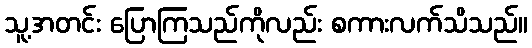
သူ့အတင်း ပြောကြသည်ကိုလည်း စကားလက်သိသည်။